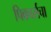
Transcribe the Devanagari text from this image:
पिक्चर्सचा